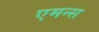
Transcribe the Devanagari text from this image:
एमन्स